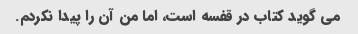
می گوید کتاب در قفسه است، اما من آن را پیدا نکردم.